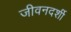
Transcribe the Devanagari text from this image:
जीवनदर्शी